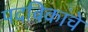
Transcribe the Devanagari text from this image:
पदविकांचे